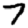
Digit: 7